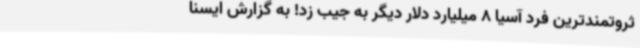
ثروتمندترین فرد آسیا 8 میلیارد دلار دیگر به جیب زد! به گزارش ایسنا